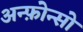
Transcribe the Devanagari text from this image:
अन्फ़ोन्सो